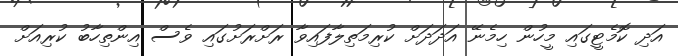
އަދި ކޮމެޓީގައި މީހުން ހިމެނޭ އަދަދަށް ކުރިމަތިލާފައިވާ ރަށްރަށުގައި ވެސް އިންތިހާބު ކުރިއަށް